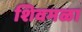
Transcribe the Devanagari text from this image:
शिवमळा